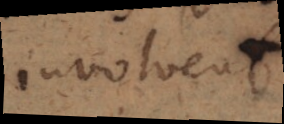
involvens